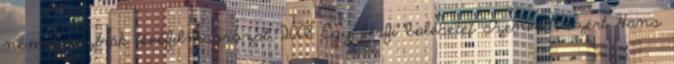
német-osztrák tévéfilmsorozat, 2008 Egy férfi balesetet szenved, ezért Hans